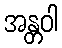
အန္တဝါ